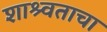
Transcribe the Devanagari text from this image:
शाश्र्वताचा